Report on vaccination in Madras 1904-1921 - 1904-1921
Year: 1904
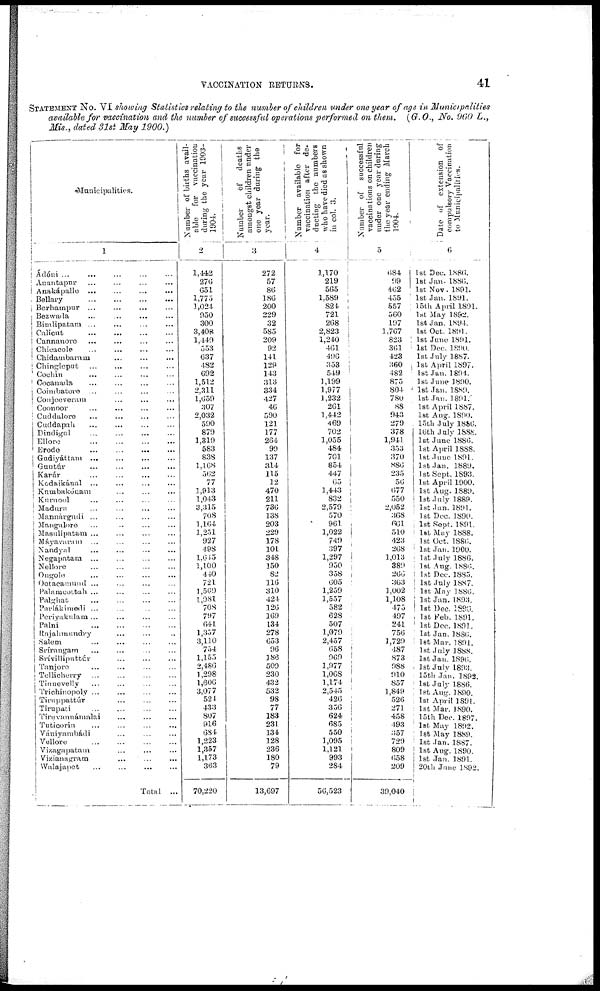
VACCINATION RETURNS.
41
STATEMENT No. VI showing Statistics relating to the number of children under one year of age in Municipalities
available for vaccination and the number of successful operations performed on them. (G.O., No. 960 L.,
Mis., dated 31st May 1900.)
Municipalitis.
1
Ádóni... ... ... ...
Anantapur... ... ... ...
Anakápalle... ... ... ...
Bellary...
...
...
...
Berhampur... ... ... ...
Bezwada... ... ... ...
Bimlipatam... ... ... ...
Calicut... ... ... ...
Cannanoro... ... ...
Chicacole... ... ... ...
Chidambaram... ...
Chingleput... ... ... ...
Cochin... ... ...
Cocanada... ... ... ...
Coimbatore... ... ... ...
Conjeeveram... ...
Coomoor
Cuddalore... ... ...
Cuddapah...
...
...
Dindigul... ... ... ...
Elloro...
...
...
...
Erode...
...
...
...
Gudiyáttam...
...
...
...
Guntúr... ... ... ...
Karúr...
...
...
...
Kodaikánal... ... ... ...
Knmbakóuam... ... ...
Kurnool... ... ... ...
Madura... ... ... ...
Mannárgudi... ... ... ...
Mangalore... ... ... ...
Masulipatan... ... ... ...
Máyavaram
...
Nandyal... ... ... ...
Negapatam... ... ... ...
Nellore... ... ... ...
Ongole... ... ... ...
Ootacamund... ... ... ...
Palamcottah ...
Palghat...
...
...
...
Parlákimedi... ... ... ...
Periyakulam... ... ... ...
Palni...
...
...
...
Rajahmumdry... ... ... ...
Salem... ... ... ...
Srírangam... ... ... ...
Srívilliputtúr... ... ... ...
Tanjore... ... ... ...
Tellicherry... ... ... ...
Tinuevelly... ... ... ...
Trichinopoly... ... ... ...
Tirnppattúr... ... ... ...
Tirupati... ... ... ...
Tiruvannámalai... ... ...
Tuticorin... ... ... ...
Vániyambádi... ... ... ...
Velloro... ... ... ...
Vizagapatam... ... ... ...
Vizianagrarm... ... ... ...
Walajapet... ... ... ...
Total ...
Number of births avail-
able for vaccination
during the year 1903-
1904.
2
1,442
276
651
1,775
1,024
950
300
3,408
1,449
553
637
482
692
1,512
2,311
1,659
307
2,032
590
879
1,319
583
838
1,168
562
77
1,913
1,043
3,315
708
1,164
1,251
927
498
1,645
1,100
440
721
1,569
1,981
708
797
641
1,357
3,110
754
1,155
2,486
1,298
1,606
3,077
524
433
807
916
684
1,223
1,357
1,173
363
70,220
Number of
deaths
amongst children under
one year during the
year.
3
272
57
86
186
200
229
32
585
209
92
141
129
143
313
334
427
46
590
121
177
264
99
137
314
115
12
470
211
736
138
203
229
178
101
348
150
82
116
310
424
126
169
134
278
653
96
186
509
230
432
532
98
77
183
231
134
128
236
180
79
13,697
Number available for
vaccination after de-
ducting the numbers
who have died as shown
in col. 3.
4
1,170
219
565
1,589
824
721
268
2,823
1,240
461
496
353
549
1,199
1,977
1,232
261
1,442
469
702
1,055
484
701
854
447
65
1,443
832
2,579
570
961
1,022
749
397
1,297
950
358
605
1,259
1,557
582
628
507
1,079
2,457
658
969
1,977
1,068
1,174
2,545
426
356
624
685
550
1,095
1,121
993
284
50,523
Number of successful
vaccinations on children
under one year during
the year ending March
1904.
5
684
99
462
435
557
560
197
1,767
823
361
423
360
482
875
804
780
88
943
279
378
1,941
353
370
886
235
56
677
550
2,052
368
661
510
423
268
1,013
389
266
363
1,002
1,108
475
497
241
756
1,729
487
873
988
910
857
1,849
526
271
458
493
357
729
809
658
209
39,040
Date of extension of
compulsory Vaccination
to Municipalities.
6
1st Dec. 1886.
1st Jan. 1886.
1st Nov. 1891.
1st Jan. 1891.
15th April 1891.
1st May 1892.
1st Jan. 1894.
1st Oct. 1891.
1st June 1891.
1st Dec. 1890.
1st July 1887.
1st April 1897.
1st Jan. 1894.
1st June 1890.
1st Jan. 1889.
1st Jan.1891.
1st April 1887.
1st Aug. 1890.
l5th July 1886.
16th July 1888.
1st June 1886.
1st April 1888.
1st.June 1891.
1st Jan. 1889.
1st Sept. 1893.
1st April 1900.
1st Aug. 1889.
1st July 1889.
1st Jan. 1891.
1st Dec. 1890.
1st Sept. 1891.
1st May 1888.
1st. Oct. 1880.
1st Jan. 1900.
1st July 1886.
1st Aug. 1886.
1st Dec. 1885.
1st July 1887.
1st May 1886.
1st Jan.1893.
1st Dec. 1880.
1st Feb. 1891.
1st Dec. 1891.
1st Jan. 1886.
1st Mar. 1891.
1st July 1888.
1st Jan. 1896.
1st July 1893.
15th Jan. 1892.
1st July 1886.
1st Aug. 1890.
1st April 1891.
1st Mar. 1890.
15th Dec. 1897.
1st May 1892.
1st May 1889.
1st Jan. 1887.
1st Aug. 1890.
1st Jan. 1891.
20th June 1892.